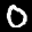
Label: 0